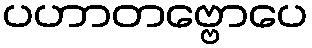
ပဟာတဗ္ဗောပေ